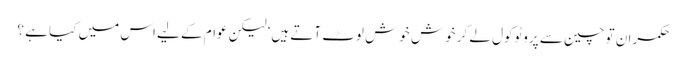
حکمران تو چین سے پروٹوکول لے کر خوش خوش لوٹ آتے ہیں‘ لیکن عوام کے لیے اس میں کیا ہے ؟